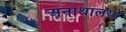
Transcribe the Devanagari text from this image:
अनाथालयो